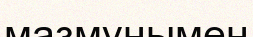
мазмұнымен